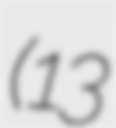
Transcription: (13